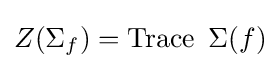
Z(\Sigma _{f})=\operatorname {Trace} \ \Sigma (f)